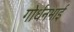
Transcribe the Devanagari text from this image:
गोर्धनभाई